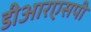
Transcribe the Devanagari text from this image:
डीआरएसपी